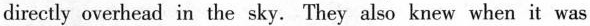
directly overhead in the sky.They also knew when it was